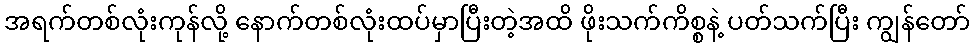
အရက်တစ်လုံးကုန်လို့ နောက်တစ်လုံးထပ်မှာပြီးတဲ့အထိ ဖိုးသက်ကိစ္စနဲ့ ပတ်သက်ပြီး ကျွန်တော်